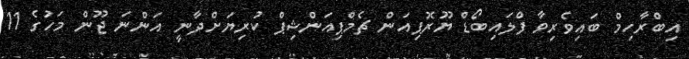
އިބްރާހިމް ބައިވެރިވާ ފްލައިބޯޑް ޔޫރޮޕިއަން ޗެމްޕިއަންޝިޕް ކުރިޔަށްދާނީ އަންނަ ޖޫން މަހުގެ 11